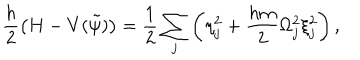
\frac { h } { 2 } \left( H - V ( \tilde { \psi } ) \right) = \frac { 1 } { 2 } \sum _ { j } \left( \eta _ { j } ^ { 2 } + \frac { h m } { 2 } \Omega _ { j } ^ { 2 } \xi _ { j } ^ { 2 } \right) ,